Scottish Leaving Certificate Examination, 1959
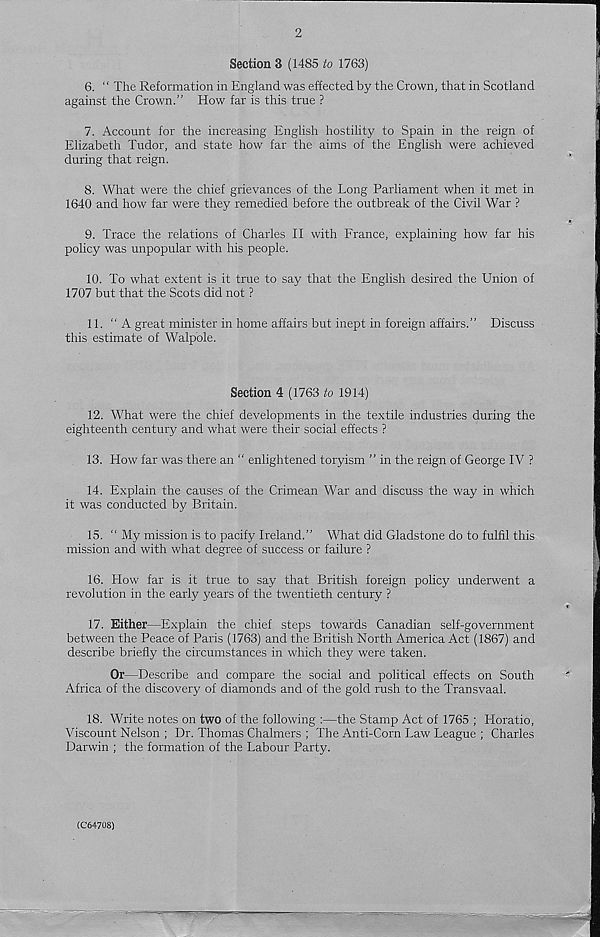
2
Section 3 (1485 to 1763)
6. “ The Reformation in England was effected by the Crown, that in Scotland
against the Crown.” How far is this true ?
7. Account for the increasing English hostility to Spain in the reign of
Elizabeth Tudor, and state how far the aims of the English were achieved
during that reign.
8. What were the chief grievances of the Long Parliament when it met in
1640 and how far were they remedied before the outbreak of the Civil War ?
9. Trace the relations of Charles II with France, explaining how far his
policy was unpopular with his people.
10. To what extent is it true to say that the English desired the Union of
1707 but that the Scots did not ?
11. “A great minister in home affairs but inept in foreign affairs.” Discuss
this estimate of Walpole.
Section 4 (1763 to 1914)
12. What were the chief developments in the textile industries during the
eighteenth century and what were their social effects ?
13. How far was there an “ enlightened toryism ” in the reign of George IV ?
14. Explain the causes of the Crimean War and discuss the way in which
it was conducted by Britain.
15. “ My mission is to pacify Ireland.” What did Gladstone do to fulfil this
mission and with what degree of success or failure ?
16. How far is it true to say that British foreign policy underwent a
revolution in the early years of the twentieth century ?
17. Either—Explain the chief steps towards Canadian self-government
between the Peace of Paris (1763) and the British North America Act (1867) and
describe briefly the circumstances in which they were taken.
Or—Describe and compare the social and political effects on South
Africa of the discovery of diamonds and of the gold rush to the Transvaal.
18. Write notes on two of the following :—the Stamp Act of 1765 ; Horatio,
Viscount Nelson ; Dr. Thomas Chalmers ; The Anti-Corn Law League ; Charles
Darwin ; the formation of the Labour Party.
(C64708)